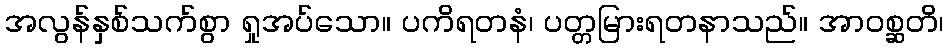
အလွန်နှစ်သက်စွာ ရှုအပ်သော။ ပကိရတနံ၊ ပတ္တမြားရတနာသည်။ အာဝစ္ဆတိ၊